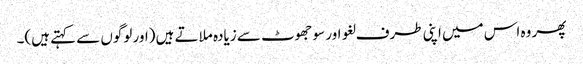
پھر وہ اس میں اپنی طرف لغو اور سو جھوٹ سے زیادہ ملاتے ہیں (اور لوگوں سے کہتے ہیں)۔